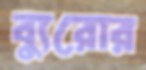
ব্যুরোর